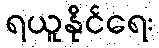
ရယူနိုင်ရေး